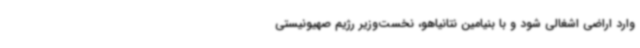
وارد اراضی اشغالی شود و با بنیامین نتانیاهو، نخست‌وزیر رژیم صهیونیستی